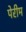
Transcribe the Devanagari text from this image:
पेरीम